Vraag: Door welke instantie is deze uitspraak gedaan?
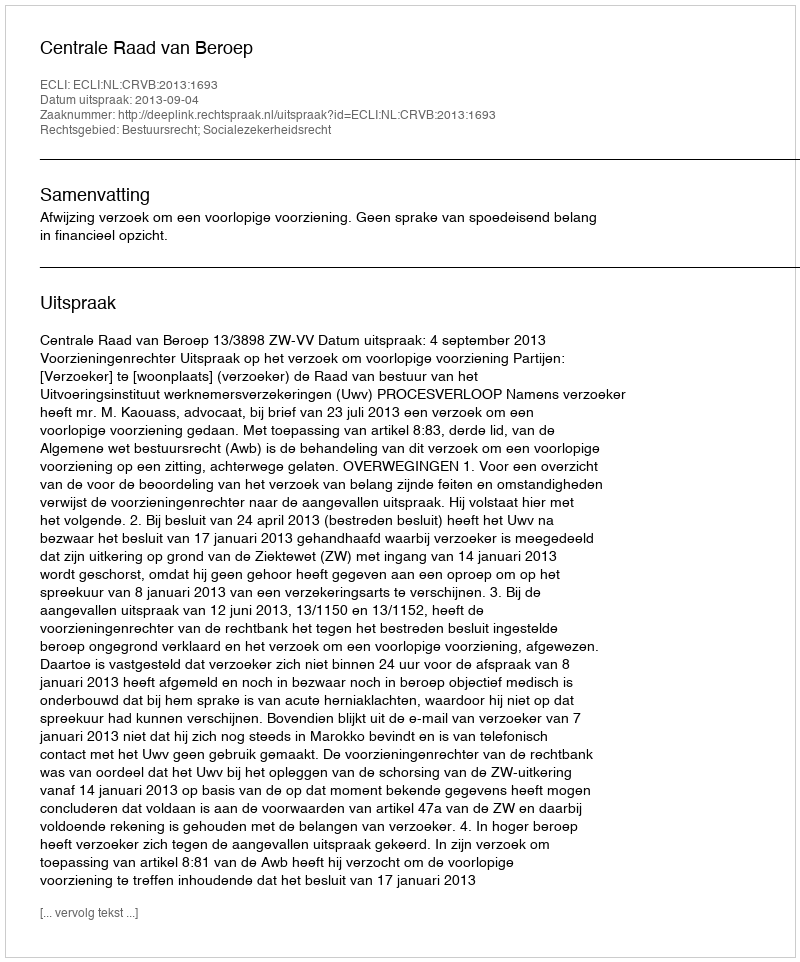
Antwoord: Centrale Raad van Beroep